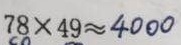
7 8 \times 4 9 \approx 4 0 0 0